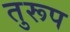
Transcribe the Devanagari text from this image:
तुरूप